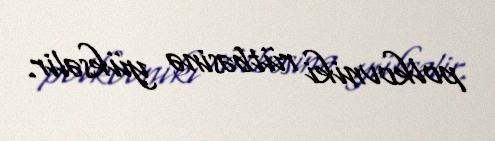
polkovniki rütbəsinə yüksəlir.